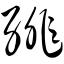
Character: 绯